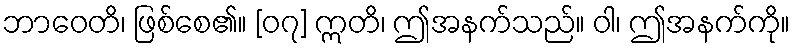
ဘာဝေတိ၊ ဖြစ်စေ၏။ [၀၇] ဣတိ၊ ဤအနက်သည်။ ဝါ၊ ဤအနက်ကို။